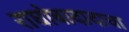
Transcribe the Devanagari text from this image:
राघोबादादाचा